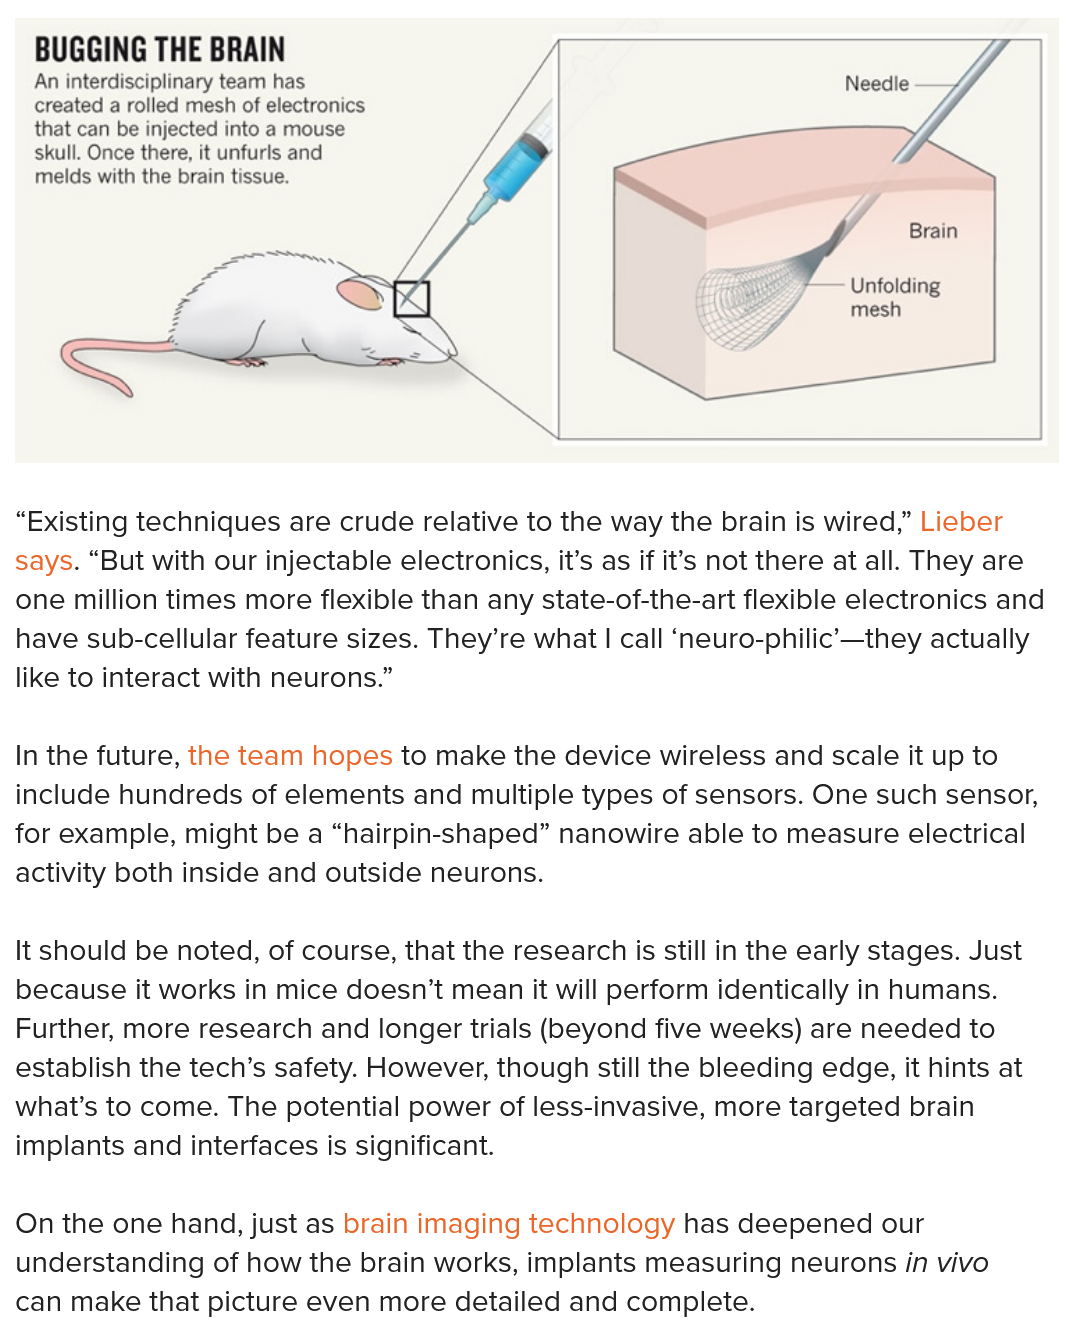
BUGGING THE BRAIN
   An interdisciplinary team has.
   created a rolled mesh of electronics
   that can be injected into a mouse
   skull. Once there, it unfurls and
   melds with the brain tissue.

     Brain
     Unfolding
     mesh

   BUGGING THE  BRAIN
   An interdisciplinary team has
   created a rolled mesh of electronics
   that can be injected into a mouse
   skull. Once there, it unfurls and
   melds with the brain tissue.
  “Existing techniques are crude relative to the way the brain is wired,” Lieber
  says. “But with our injectable electronics, it’s as if it’s not there at all. They are
  one million times more flexible than any state-of-the-art flexible electronics and
  have sub-cellular feature sizes. They’re what | call ‘neuro-philic’—they actually
  like to interact with neurons.”
  In the future, the team hopes to make the device wireless and scale it up to
  include hundreds of elements and multiple types of sensors. One such sensor,
  for example, might be a “hairpin-shaped” nanowire able to measure electrical
  activity both inside and outside neurons.
  It should be noted, of course, that the research is still in the early stages. Just
  because it works in mice doesn’t mean it will perform identically in humans.
  Further, more research and longer trials (beyond five weeks) are needed to
  establish the tech’s safety. However, though still the bleeding edge, it hints at
  what’s to come. The potential power of less-invasive, more targeted brain
  implants and interfaces is significant.
  On the one hand, just as brain imaging technology has deepened our
  understanding of how the brain works, implants measuring neurons in vivo
  can make that picture even more detailed and complete.